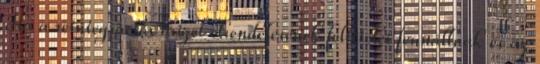
Ha a reintegrációs őrizet elrendelésének feltételei fennállnak és az